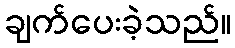
ချက်ပေးခဲ့သည်။